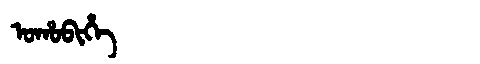
Manchu: ᠣᡥᠣᠪᡳᡥᡝ
Romanization: OHOBIHE